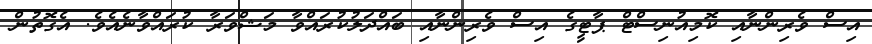
އިސް ވެރިންނާއި ކޮމިއުނިސްޓް ޕާޓީގެ އިސް ވެރިންނާއި ބައްދަލުކުރައްވާ މަޝްވަރާ ކުރައްވާނެއެވެ. އެގޮތުން